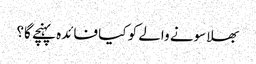
بھلا سونے والے کو کیا فائدہ پہنچے گا؟